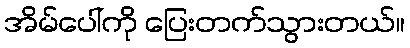
အိမ်ပေါ်ကို ပြေးတက်သွားတယ်။